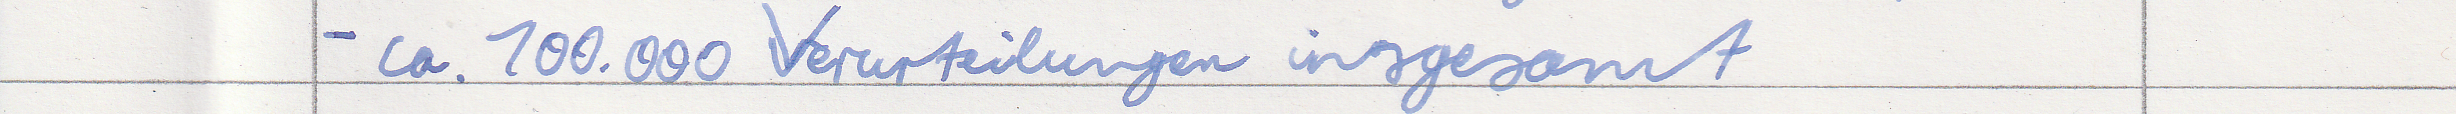
- ca. 100.000 Verurteilungen insgesamt